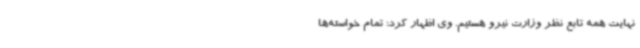
نهایت همه تابع نظر وزارت نیرو هستیم. وی اظهار کرد: تمام خواسته‌ها